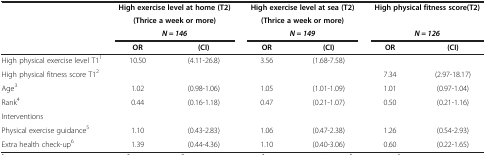
<table><thead><tr><td><b> </b></td><td colspan="2"><b>High exercise level at home (T2)</b></td><td colspan="2"><b>High exercise level at sea (T2)</b></td><td colspan="2"><b>High physical fitness score(T2)</b></td></tr><tr><td><b> </b></td><td colspan="2"><b>(Thrice a week or more)</b></td><td colspan="2"><b>(Thrice a week or more)</b></td><td colspan="2"><b> </b></td></tr><tr><td><b> </b></td><td colspan="2"><b><i>N = 146</i></b></td><td colspan="2"><b><i>N = 149</i></b></td><td colspan="2"><b><i>N = 126</i></b></td></tr><tr><td><b> </b></td><td><b>OR</b></td><td><b>(CI)</b></td><td><b>OR</b></td><td><b>(CI)</b></td><td><b>OR</b></td><td><b>(CI)</b></td></tr></thead><tbody><tr><td>High physical exercise level T1<sup>1</sup></td><td>10.50</td><td>(4.11-26.8)</td><td>3.56</td><td>(1.68-7.58)</td><td> </td><td> </td></tr><tr><td>High physical fitness score T1<sup>2</sup></td><td> </td><td> </td><td> </td><td> </td><td>7.34</td><td>(2.97-18.17)</td></tr><tr><td>Age<sup>3</sup></td><td>1.02</td><td>(0.98-1.06)</td><td>1.05</td><td>(1.01-1.09)</td><td>1.01</td><td>(0.97-1.04)</td></tr><tr><td>Rank<sup>4</sup></td><td>0.44</td><td>(0.16-1.18)</td><td>0.47</td><td>(0.21-1.07)</td><td>0.50</td><td>(0.21-1.16)</td></tr><tr><td>Interventions</td><td> </td><td> </td><td> </td><td> </td><td> </td><td> </td></tr><tr><td>Physical exercise guidance<sup>5</sup></td><td>1.10</td><td>(0.43-2.83)</td><td>1.06</td><td>(0.47-2.38)</td><td>1.26</td><td>(0.54-2.93)</td></tr><tr><td>Extra health check-up<sup>6</sup></td><td>1.39</td><td>(0.44-4.36)</td><td>1.10</td><td>(0.40-3.06)</td><td>0.60</td><td>(0.22-1.65)</td></tr></tbody></table>